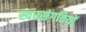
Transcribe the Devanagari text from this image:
स्वरसंगतियों